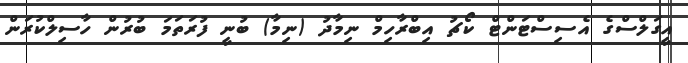
އީގަލްސްގެ އެސިސްޓަންޓް ކޯޗު އިބްރާހިމް ނިމާދު (ނިމާ) ބުނީ ފުރަތަމަ ބުރުން ހާސިލްކުރަން